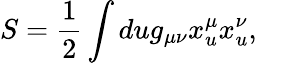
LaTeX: S=\frac{1}{2}\int dug_{\mu\nu}x_{u}^{\mu}x_{u}^{\nu},\quad